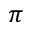
\pi